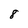
Character: 8